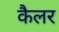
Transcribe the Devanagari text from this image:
कैलर